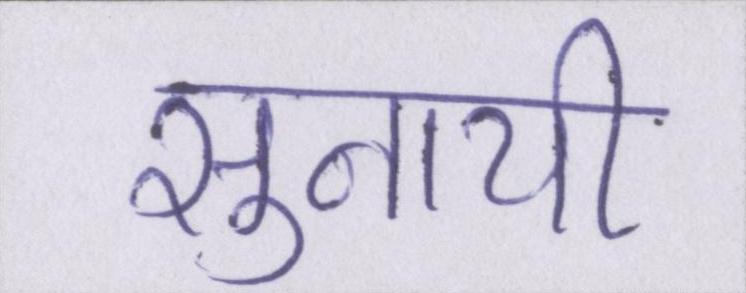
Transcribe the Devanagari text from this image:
सुनायी